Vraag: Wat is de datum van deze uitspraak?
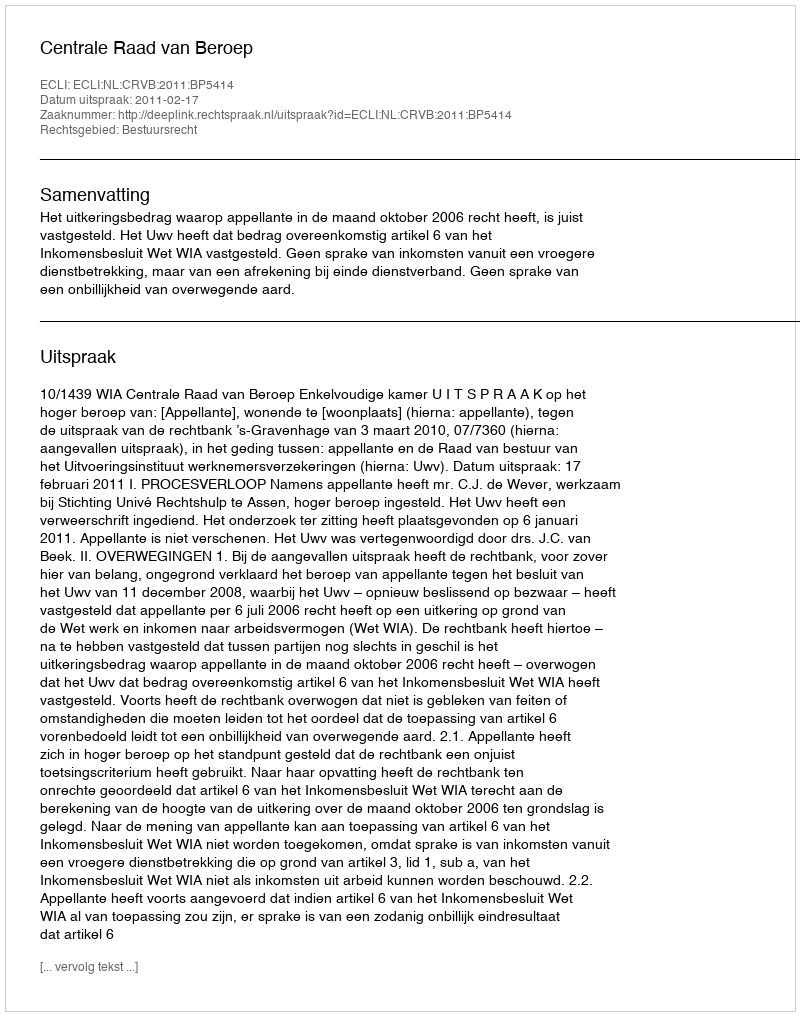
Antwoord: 2011-02-17